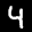
Label: 4